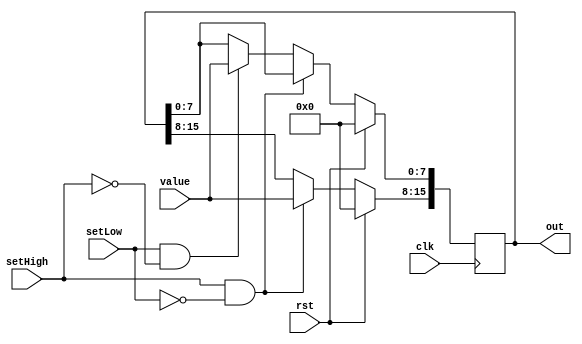
`timescale 1ns / 1ps
//////////////////////////////////////////////////////////////////////////////////
// Company: 
// Engineer: 
// 
// Design Name: 
// Module Name: register_16bit
// Project Name: 
// Target Devices: 
// Tool Versions: 
// Description: 
// 
// Dependencies: 
// 
// Revision:
// Revision 0.01 - File Created
// Additional Comments:
// 
//////////////////////////////////////////////////////////////////////////////////


module register_16bit(
    input clk, rst, setHigh, setLow,
    input [7:0]value,
    output reg [15:0] out
    );
    
always @(posedge clk)
begin
    if(rst)
        out <= 0;
    else if (setHigh & ~setLow)
        out[15:8] <= value;    //see endianess
    else if (setLow & ~setHigh)
        out[7:0] <= value;    //see endianess
end 
endmodule